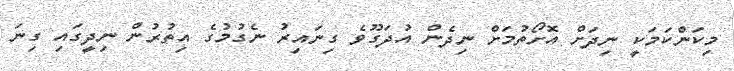
މިކަންކަމަކީ ނިދަށް އޮށޯތުމަށް ނިދެން އުދަގޫވެ ގިނައިރު ނެގުމުގެ އިތުރުން ނިދީގައި ގިނަ